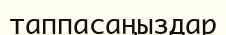
таппасаңыздар